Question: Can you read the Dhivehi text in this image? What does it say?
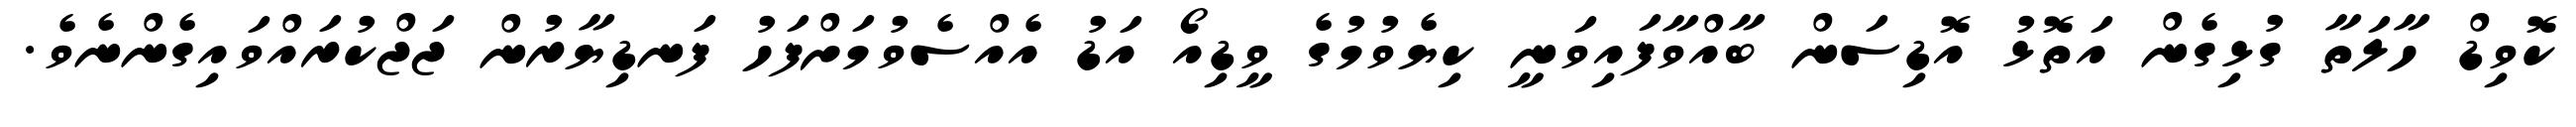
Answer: ކޮވިޑް ހާލަތާ ގުޅިގެން އަތޮޅު އޮޑިސަން ބާއްވާފައިވަނީ ކިޔެވުމުގެ ވީޑިއޯ އަޑު އެއްސެވުމަށްފަހު ފަނޑިޔާރުން ޖަޖްކުރައްވައިގެންނެވެ.